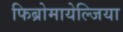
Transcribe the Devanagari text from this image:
फिब्रोमायेल्जिया